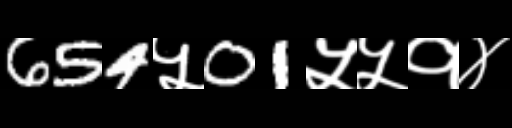
Text: 654५01५५१४